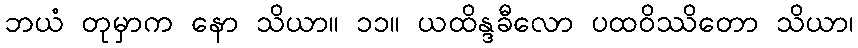
ဘယံ တုမှာက နော သိယာ။ ၁၁။ ယထိန္ဒခီလော ပထဝိဿိတော သိယာ၊